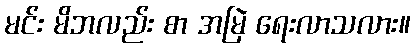
မင်း မိဘလည်း စာ အမြဲ ရေးလာသလား။